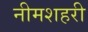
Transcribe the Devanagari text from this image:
नीमशहरी